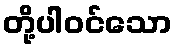
တို့ပါဝင်သော